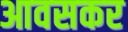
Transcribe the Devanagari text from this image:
आवसकर